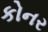
કોનર